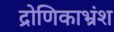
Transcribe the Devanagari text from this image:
द्रोणिकाभ्रंश